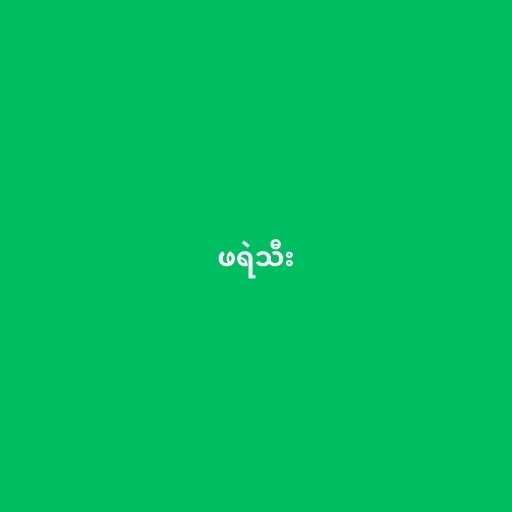
ဖရဲသီး